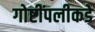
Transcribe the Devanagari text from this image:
गोष्टींपलीकडे